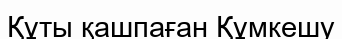
Құты қашпаған Құмкешу